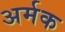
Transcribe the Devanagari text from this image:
अर्मक